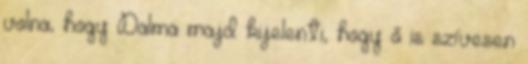
volna, hogy Dalma majd kijelenti, hogy ő is szívesen